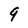
Character: 9